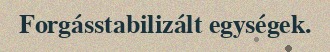
Forgásstabilizált egységek.